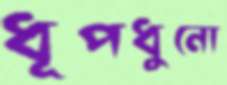
ধূপধুনো